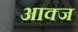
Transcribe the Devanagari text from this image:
आक्ज